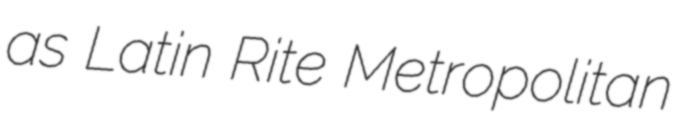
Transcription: as Latin Rite Metropolitan